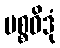
ပစ္စဝိဒုံ